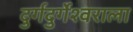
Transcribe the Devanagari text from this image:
दुर्गदुर्गेश्वराला